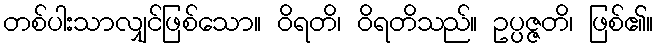
တစ်ပါးသာလျှင်ဖြစ်သော။ ဝိရတိ၊ ဝိရတိသည်။ ဥပ္ပဇ္ဇတိ၊ ဖြစ်၏။